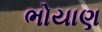
ભોયાણ